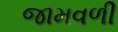
જામવળી